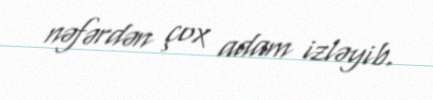
nəfərdən çox adam izləyib.